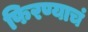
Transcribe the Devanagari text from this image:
फिरण्याचं